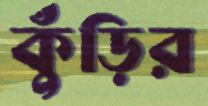
কুঁড়ির